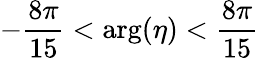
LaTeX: -{\frac{8\pi}{15}}<\mathrm{arg}(\eta)<{\frac{8\pi}{15}}